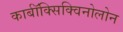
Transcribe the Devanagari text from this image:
कार्बॉक्सिक्विनोलोन